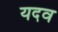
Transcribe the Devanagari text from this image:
यदव